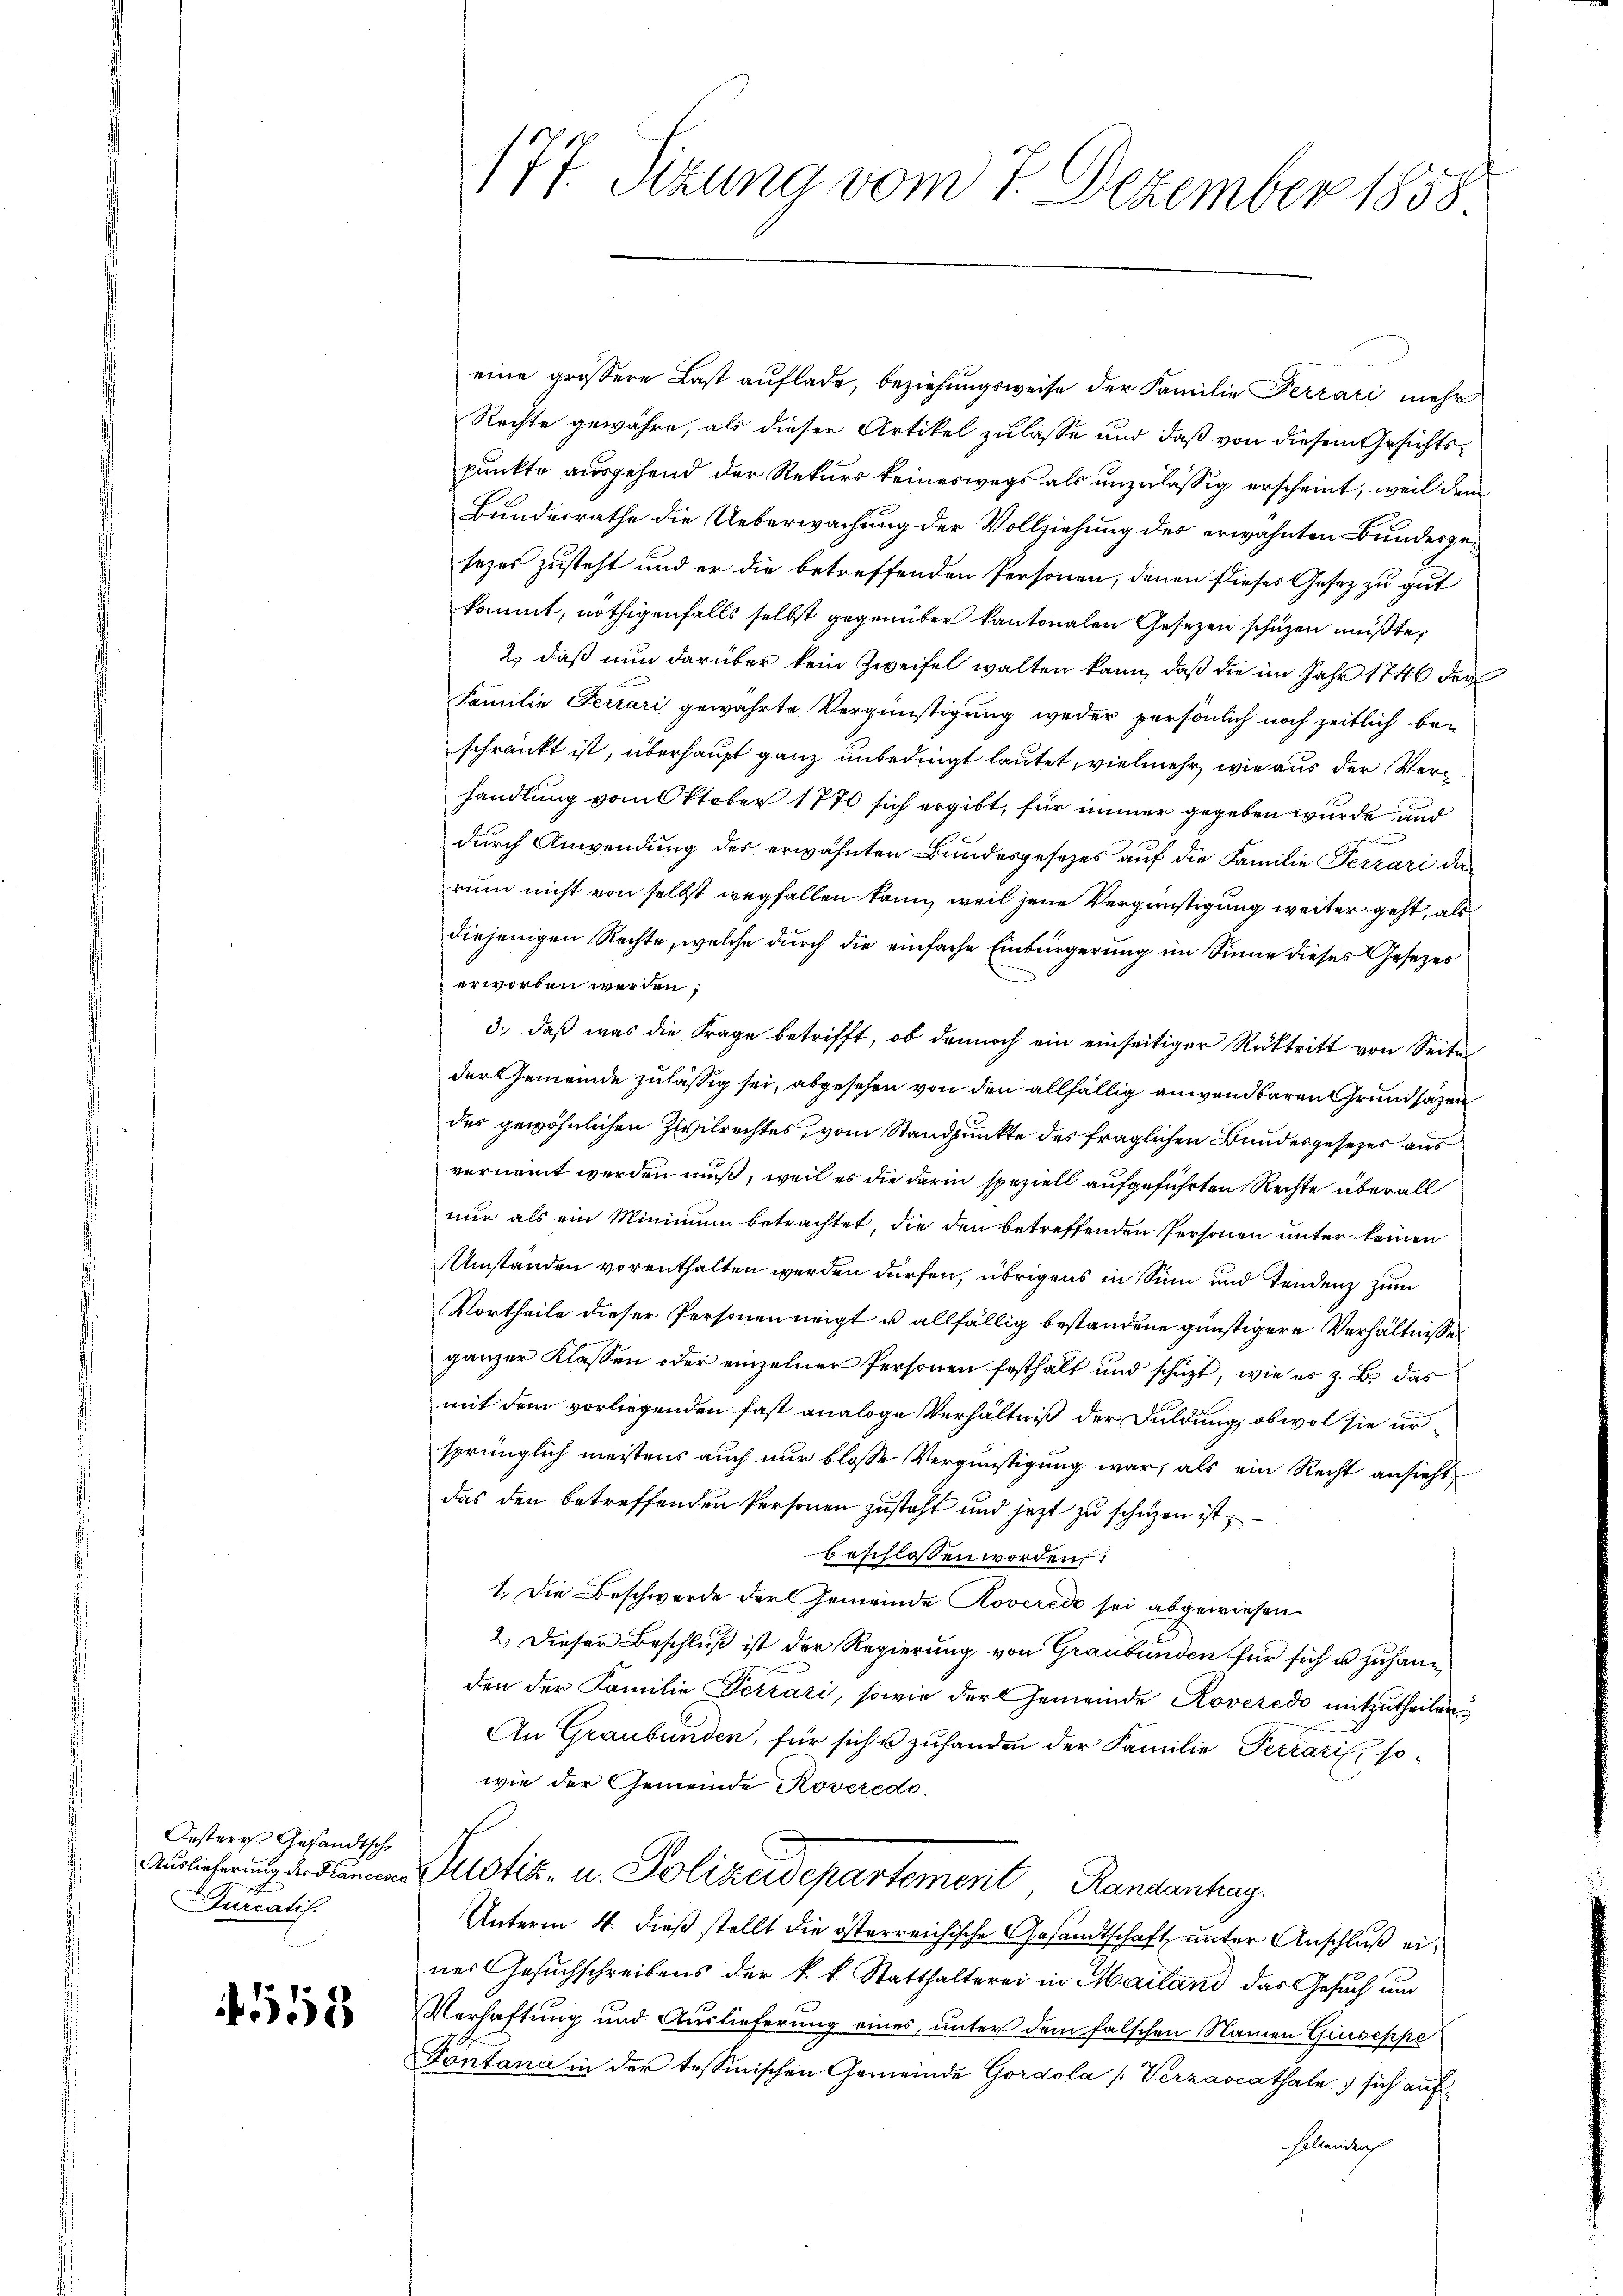
Oesteres Gesandtsche
urcatis.

18

eine größere Last auflade, beziehungsweise der Familie Perrari mehr
Rechte gewähre, als dieser Artikel zulasse und daß von diesem Gesichtspunkte ausgehend der Rekurs keineswegs als unzulässig erscheint, weil dem
Bundesrathe die Ueberwachung der Vollziehung des erwähnten Bundesgesezes zusteht und er die betreffenden Personen, denen dieses Gesetz zu gut
kommt, nöthigenfalls selbst gegenüber kantonalen Gesetzen schuzen mußte,
2., daß nun darüber kein Zweifel walten kann, daß die im Jahr 1746 der
Familie Ferrari gewährte Vergünstigung weder persönlich noch zeitlich beschränkt ist, überhaupt ganz unbedingt lautet, vielmehr, wie aus der Verhandlung vom Oktober 1770 sich ergibt, für immer gegeben wurde und
durch Anwendung des erwähnten Bundesgesetzes auf die Familie Terrari das
rum nicht von selbst wegfallen kann, weil jene Vergünstigung weiter geht, als
diejenigen Rechte, welche durch die einfache Einbürgerung im Sinne dieses Gesezes
erworben werden;
3., daß was die Frage betrifft, ob dennoch ein einseitiger Rücktritt von Seite
der Gemeinde zulässig sei, abgesehen von den allfällig anwendbaren Grundsazen
des gewöhnlichen Zivilrechtes, vom Standpunkte des fraglichen Bundesgesetzes aus
vernannt werden muß, weil es die darin speziell aufgeführten Rechte überall
nur als ein Minimum betrachtet, die den betreffenden Personen unter keinen
Umständen vorenthalten werden dürfen, übrigens in Sinn und Tendenz zum
Vortheile dieser Personen neigt u allfällig bestandene günstigere Verhältnisses
ganzer Klassen oder einzelner Personen festhalt und schüzt, wie es z. B. das
mit dem vorliegenden fast analoge Verhältniß der Duldung, obwol sie ursprünglich meistens auch nur blosse Vergünstigung war, als ein Recht ansieht,
das den betreffenden Personen zusteht und jetzt zu schüzen ist,
beschlossen worden:
1. Die Beschwerde der Gemeinde Roverede sei abgewiesen.
2.) Dieser Beschluß ist der Regierung von Graubünden für sich u zu handen der Familie Terrari, sowie der Gemeinde Roveredo mitzutheilen.
An Graubünden, für sich u zufanden der Familie Terraris, sowie der Gemeinde Roveredo
Auslicherung der dann Justiz- u. Polizeidepartement Randenhag
Unterm 4. dieß stellt die österreichische Gesandtschaft unter Anschluß eines Gesuchschreibens der k. k. Statthalterei in Mailand das Gesuch und
Verhaftung und Auslieferung eines, unter dem falschen Namen Giuseppe
Fontana in der tessinischen Gemeinde Gordola [Verzascathale sich auf
Fallenkas

177. Sizung vom 7. Dezember 1858